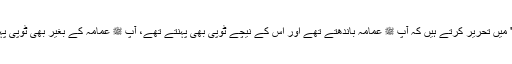
علامہ ابن القیم ؒ اپنی بلند پایہ کتاب "زاد المعاد فی ہدی خیر العباد" میں تحریر کرتے ہیں کہ آپ ﷺ عمامہ باندھتے تھے اور اس کے نیچے ٹوپی بھی پہنتے تھے، آپ ﷺ عمامہ کے بغیر بھی ٹوپی پہنتے تھے اور آپ ﷺ ٹوپی پہنے بغیر بھی عمامہ باندھتے تھے۔